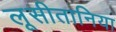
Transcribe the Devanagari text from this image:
लूसीतानिया